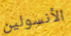
الأنسولين